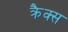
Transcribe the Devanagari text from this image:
क्रैक्स